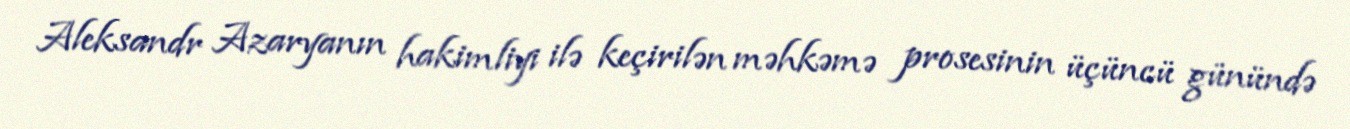
Aleksandr Azaryanın hakimliyi ilə keçirilən məhkəmə prosesinin üçüncü günündə